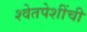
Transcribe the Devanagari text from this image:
श्वेतपेशींची